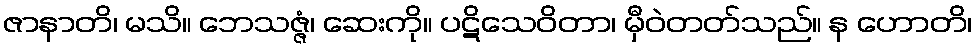
ဇာနာတိ၊ မသိ။ ဘေသဇ္ဇံ၊ ဆေးကို။ ပဋိသေဝိတာ၊ မှီဝဲတတ်သည်။ န ဟောတိ၊